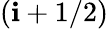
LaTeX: (\mathbf{i}+1/2)